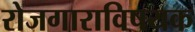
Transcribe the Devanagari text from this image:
रोजगाराविषयक